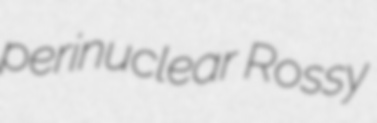
perinuclear Rossy